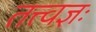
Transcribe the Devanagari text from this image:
तत्त्वज्ञः